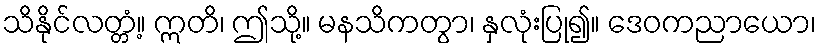
သိနိုင်လတ္တံ့။ ဣတိ၊ ဤသို့။ မနသိကတွာ၊ နှလုံးပြု၍။ ဒေဝကညာယော၊